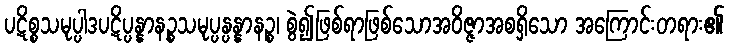
ပဋိစ္စသမုပ္ပါဒပဋိပ္ပန္နာနဉ္စသမုပ္ပန္ပန္နာနဉ္စ၊ စွဲ၍ဖြစ်ရာဖြစ်သောအဝိဇ္ဇာအစရှိသော အကြောင်းတရား၏